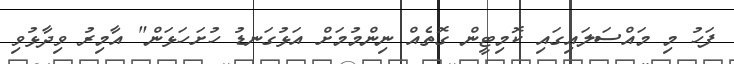
ފަހު މި މައްސަލައިގައި ކޮމިޓީން ގޮތެއް ނިންމުމަށް އަޅުގަނޑު ހުށަހަޅަން" އާމިރު ވިދާޅުވި